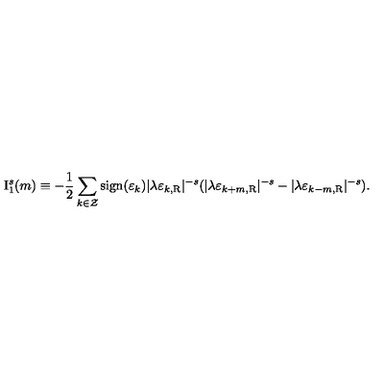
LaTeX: \mathrm { I } _ { 1 } ^ { s } ( m ) \equiv - \frac { 1 } { 2 } \sum _ { k \in \cal Z } \mathrm { s i g n } ( \varepsilon _ { k } ) | \lambda \varepsilon _ { k , \mathrm { R } } | ^ { - s } ( | \lambda \varepsilon _ { k + m , \mathrm { R } } | ^ { - s } - | \lambda \varepsilon _ { k - m , \mathrm { R } } | ^ { - s } ) .